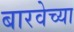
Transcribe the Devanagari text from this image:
बारवेच्या